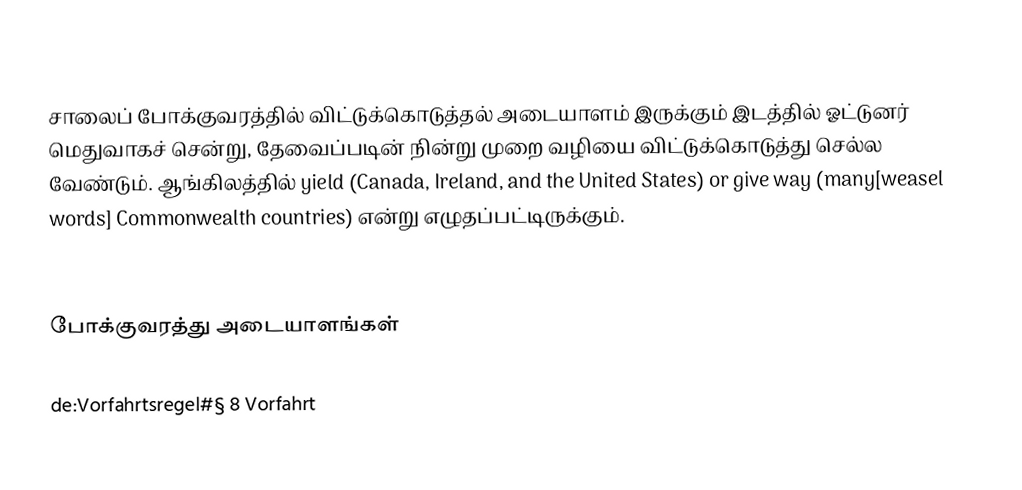
சாலைப் போக்குவரத்தில் விட்டுக்கொடுத்தல் அடையாளம் இருக்கும் இடத்தில் ஓட்டுனர் மெதுவாகச் சென்று, தேவைப்படின் நின்று முறை வழியை விட்டுக்கொடுத்து செல்ல வேண்டும்.  ஆங்கிலத்தில் yield (Canada, Ireland, and the United States) or give way (many[weasel words] Commonwealth countries) என்று எழுதப்பட்டிருக்கும்.

போக்குவரத்து அடையாளங்கள்

de:Vorfahrtsregel#§ 8 Vorfahrt